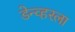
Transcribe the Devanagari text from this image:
डेन्व्हरला